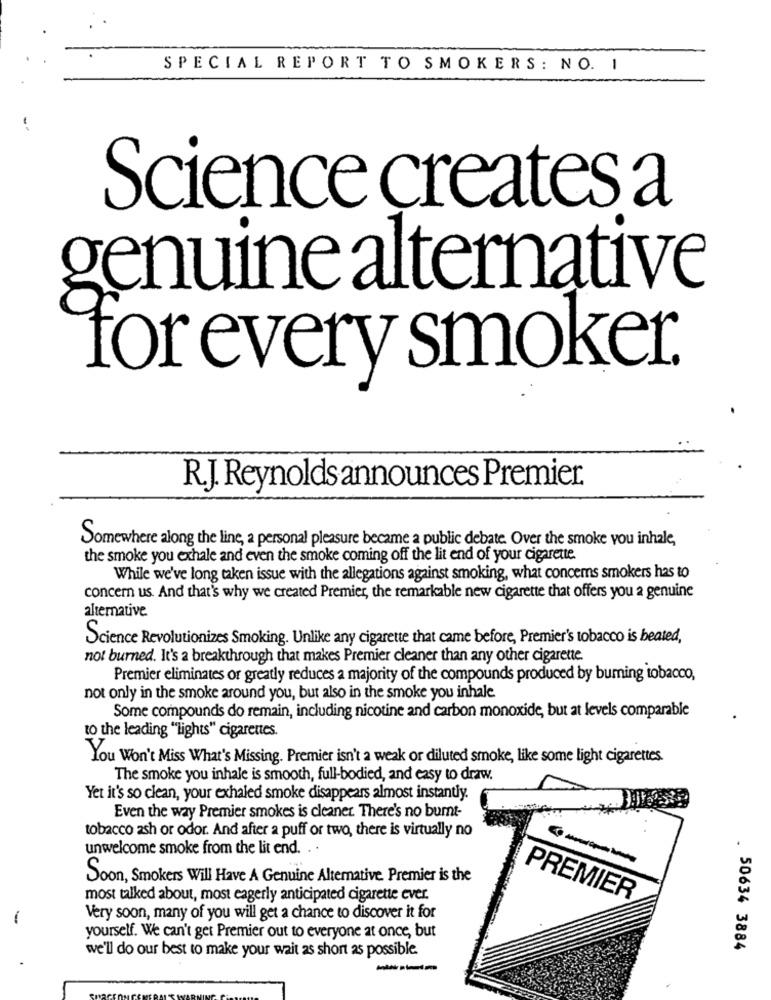
SPECIAL REPORT TO SMOKERS: NO. 1
Science creates a
genuine alternative
for every smoker.
R.J. Reynolds announces Premier
Somewhere along the line, a personal pleasure became a public debate. Over the smoke vou inhale,
the smoke you exhale and even the smoke coming off the lit end of your cigarette.
While we've long taken issue with the allegations against smoking, what concems smokers has to
concern us. And that's why we created Premier, the remarkable new cigarette that offers you a genuine
alternative
Science Revolutionizes Smoking. Unlike any cigarette that came before, Premier's tobacco is heated,
not burned. It's a breakthrough that makes Premier cleaner than any other cigarette
Premier eliminates or greatly reduces a majority of the compounds produced by buming tobacco,
not only in the smoke around you, but also in the smoke you inhale
Some compounds do remain, including nicotine and carbon monoxide, but at levels comparable
to the leading "lights" cigarettes.
You Won't Miss What's Missing. Premier isn't a weak or diluted smoke, like some light cigarettes.
The smoke you inhale is smooth, full-bodied, and easy to draw.
Yet it's so clean, your exhaled smoke disappears almost instantly.
Even the way Premier smokes is cleaner. There's no burnt-
tobacco ash or odor. And after a puff or two, there is virtually no
unwelcome smoke from the lit end. .
----
Soon, Smokers Will Have A Genuine Alternative. Premier is the
most talked about, most eagerly anticipated cigarette ever.
PREMIER
-
Very soon, many of you will get a chance to discover it for
yourself. We can't get Premier out to everyone at once, but
we'll do our best to make your wait as short as possible.
. 50634 3884
---